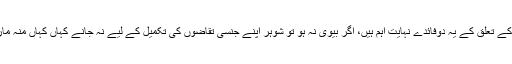
میاں بیوی کے تعلق کے یہ دوفائدے نہایت اہم ہیں، اگر بیوی نہ ہو تو شوہر اپنے جنسی تقاضوں کی تکمیل کے لیے نہ جانے کہاں کہاں منہ مارتا پھرے ۔